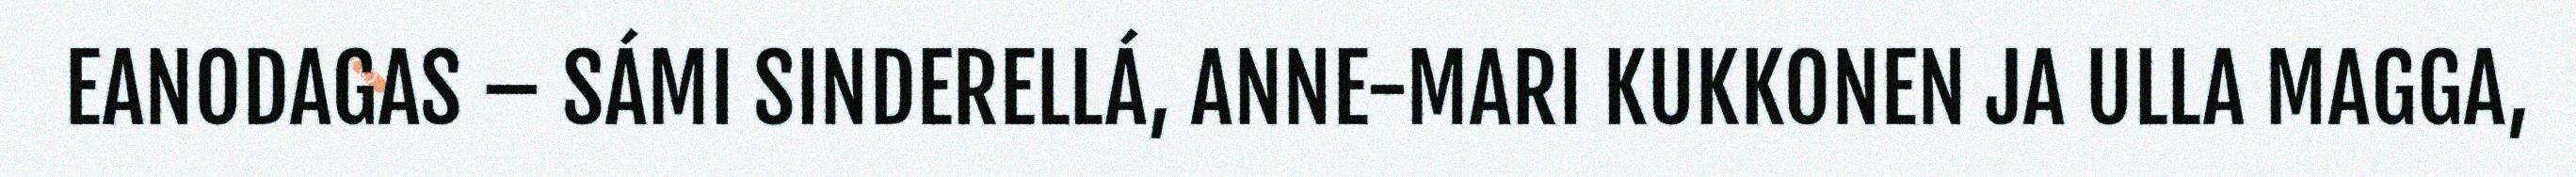
EANODAGAS – SÁMI SINDERELLÁ, ANNE-MARI KUKKONEN JA ULLA MAGGA,